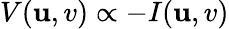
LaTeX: V(\mathbf{u},v)\propto-I(\mathbf{u},v)